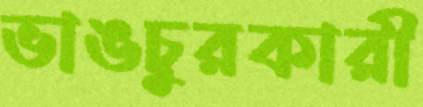
ভাঙচুরকারী